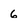
Character: 6